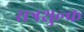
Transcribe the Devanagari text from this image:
सत्रशुल्क